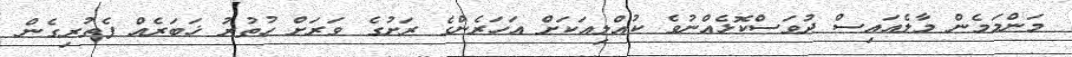
މަންމަމެން މާލެއައިސް ދުވަސްކޮޅެއްނުވެ ކުއްލިއަކަށް އަހަރެންގެ ރަށުގެ ވަރަށް ހުތުރު ޚަބަރެއް ފެތުރިގެން